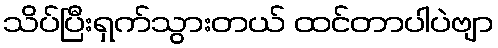
သိပ်ပြီးရှက်သွားတယ် ထင်တာပါပဲဗျာ